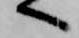
へ